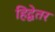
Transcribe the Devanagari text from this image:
हिद्वेतर